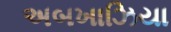
અબખાઝિયા